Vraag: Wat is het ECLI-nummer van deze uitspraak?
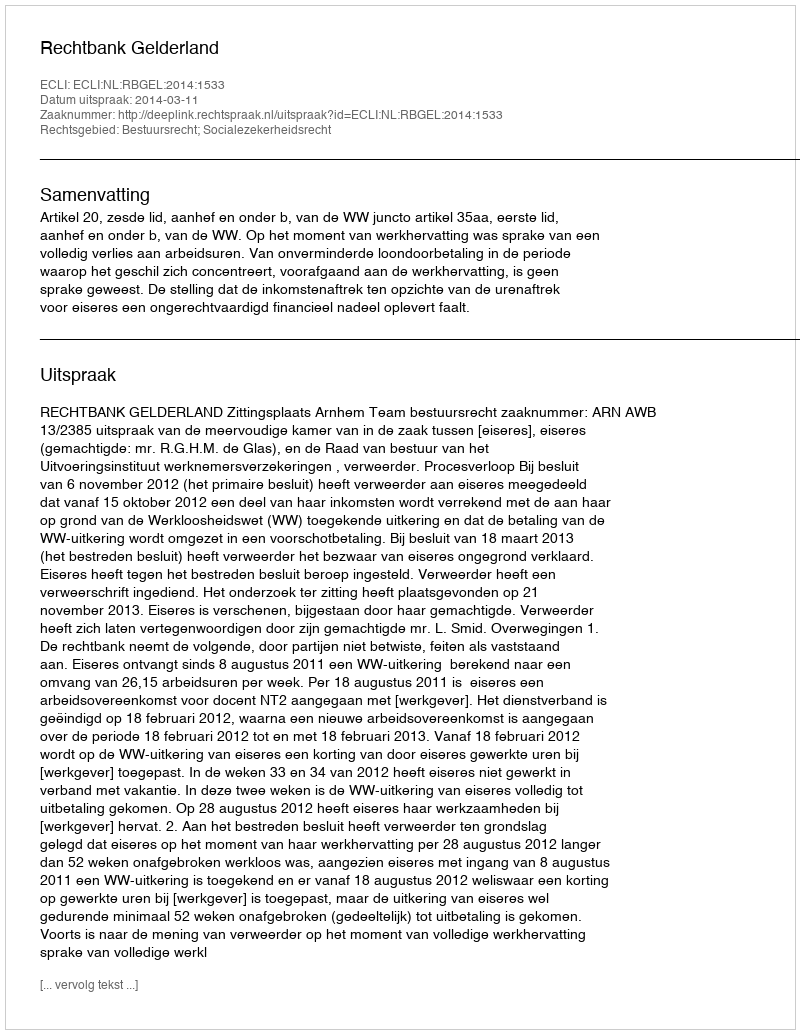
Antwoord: ECLI:NL:RBGEL:2014:1533